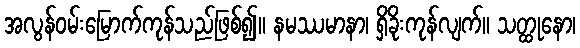
အလွန်ဝမ်းမြောက်ကုန်သည်ဖြစ်၍။ နမဿမာနာ၊ ရှိခိုးကုန်လျက်။ သတ္ထုနော၊